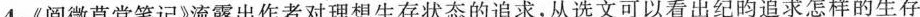
4.《阅微草堂笔记》流露出作者对理想生存状态的追求，从选文可以看出纪昀追求怎样的生存